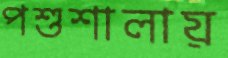
পশুশালায়